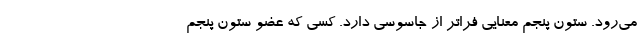
می‌رود. ستون پنجم معنایی فراتر از جاسوسی دارد. کسی که عضو ستون پنجم